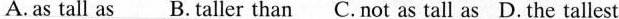
A. as tall as B. taller than C.not as tall as D. the tallest